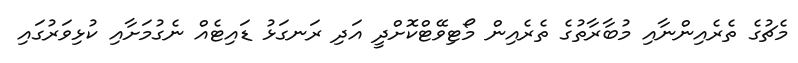
މެޗުގެ ތެރެއިންނާއި މުބާރާތުގެ ތެރެއިން މޯޓިވޭޓްކޮށްދީ އަދި ރަނގަޅު ޑައިޓެއް ނެގުމަށާއި ކުޅިވަރުގައި